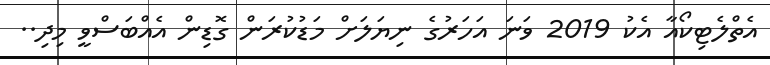
އެތްލެޓިކޯއާ އެކު 2019 ވަނަ އަހަރުގެ ނިޔަލަށް މަޑުކުރަން ގޮޑިން އެއްބަސްވީ މިދި..